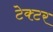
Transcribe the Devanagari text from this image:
टेक्टर